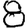
Digit: 8